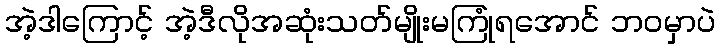
အဲ့ဒါကြောင့် အဲ့ဒီလိုအဆုံးသတ်မျိုးမကြုံရအောင် ဘဝမှာပဲ